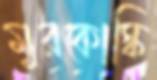
মুরকোস্কি